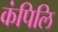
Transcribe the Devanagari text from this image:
कंपिलि